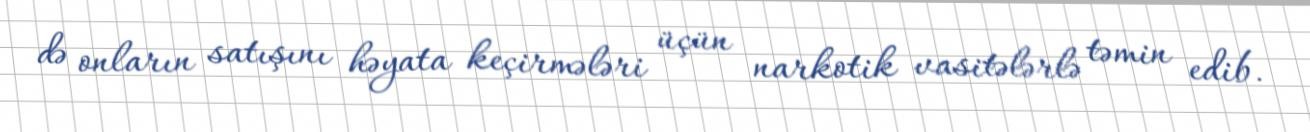
də onların satışını həyata keçirmələri üçün narkotik vasitələrlə təmin edib.